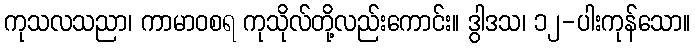
ကုသလသညာ၊ ကာမာဝစရ ကုသိုလ်တို့လည်းကောင်း။ ဒွါဒသ၊ ၁၂-ပါးကုန်သော။